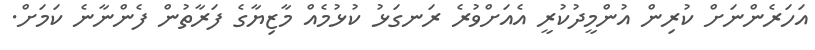
އަހަރެންނަށް ކުރިން އުންމީދުކުރީ އެއަށްވުރެ ރަނގަޅު ކުޅުމެއް މާޒިޔާގެ ފަރާތުން ފެންނާނެ ކަމަށް.